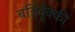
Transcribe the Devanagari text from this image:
बहिर्वृक्की